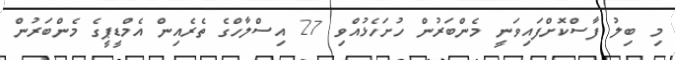
މި ބިލު ފާސްކޮށްފައިވަނީ މެންބަރުން ހުށަހެޅުއްވި 27 އިސްލާހްގެ ތެރެއިން އެމްޑީޕީގެ މެންބަރުން